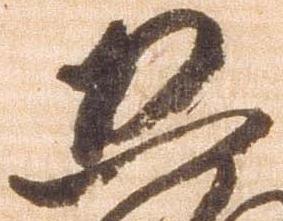
恐